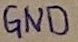
Text: GND